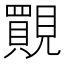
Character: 䚑